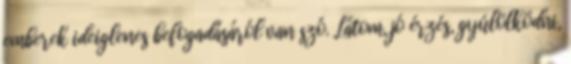
emberek ideiglenes befogadásáról van szó. Látom, jó érzés, gyúlölködni,